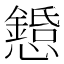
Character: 𢤌